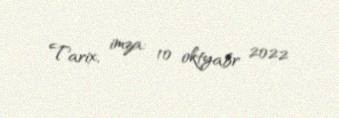
Tarix, imza: 10 oktyabr 2022